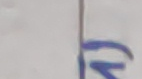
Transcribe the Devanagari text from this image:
१५